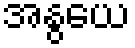
အနွယေ